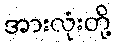
အားလုံးတို့